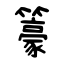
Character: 籇